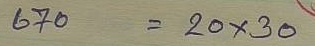
670 = 20 x 30